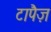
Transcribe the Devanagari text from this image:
टापैज़